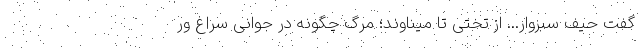
گفت حیفِ سبزوار... از تختی تا میناوند؛ مرگ چگونه در جوانی سراغ ور